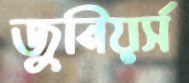
জুনিয়র্স